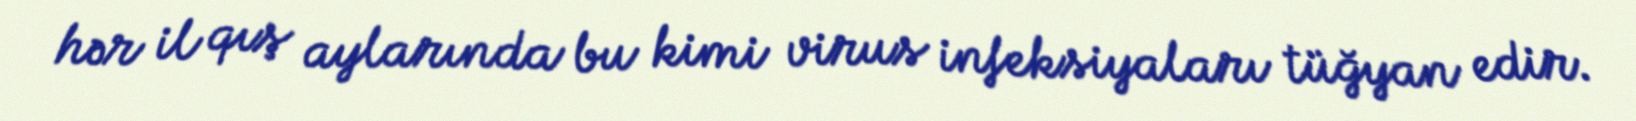
hər il qış aylarında bu kimi virus infeksiyaları tüğyan edir.